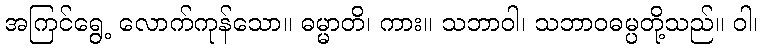
အကြင်ရွေ့ လောက်ကုန်သော။ ဓမ္မာတိ၊ ကား။ သဘာဝါ၊ သဘာဝဓမ္ပတို့သည်။ ဝါ၊